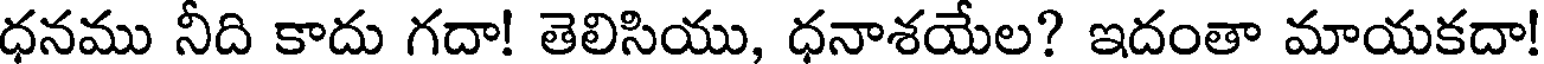
ధనము నీది కాదు గదా! తెలిసియు, ధనాశయేల? ఇదంతా మాయకదా!